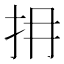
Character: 𢪈